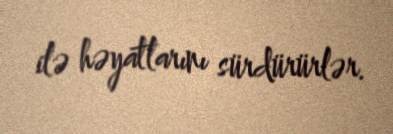
ilə həyatlarını sürdürürlər.